Kloostri_vallavalitsus, lk 16
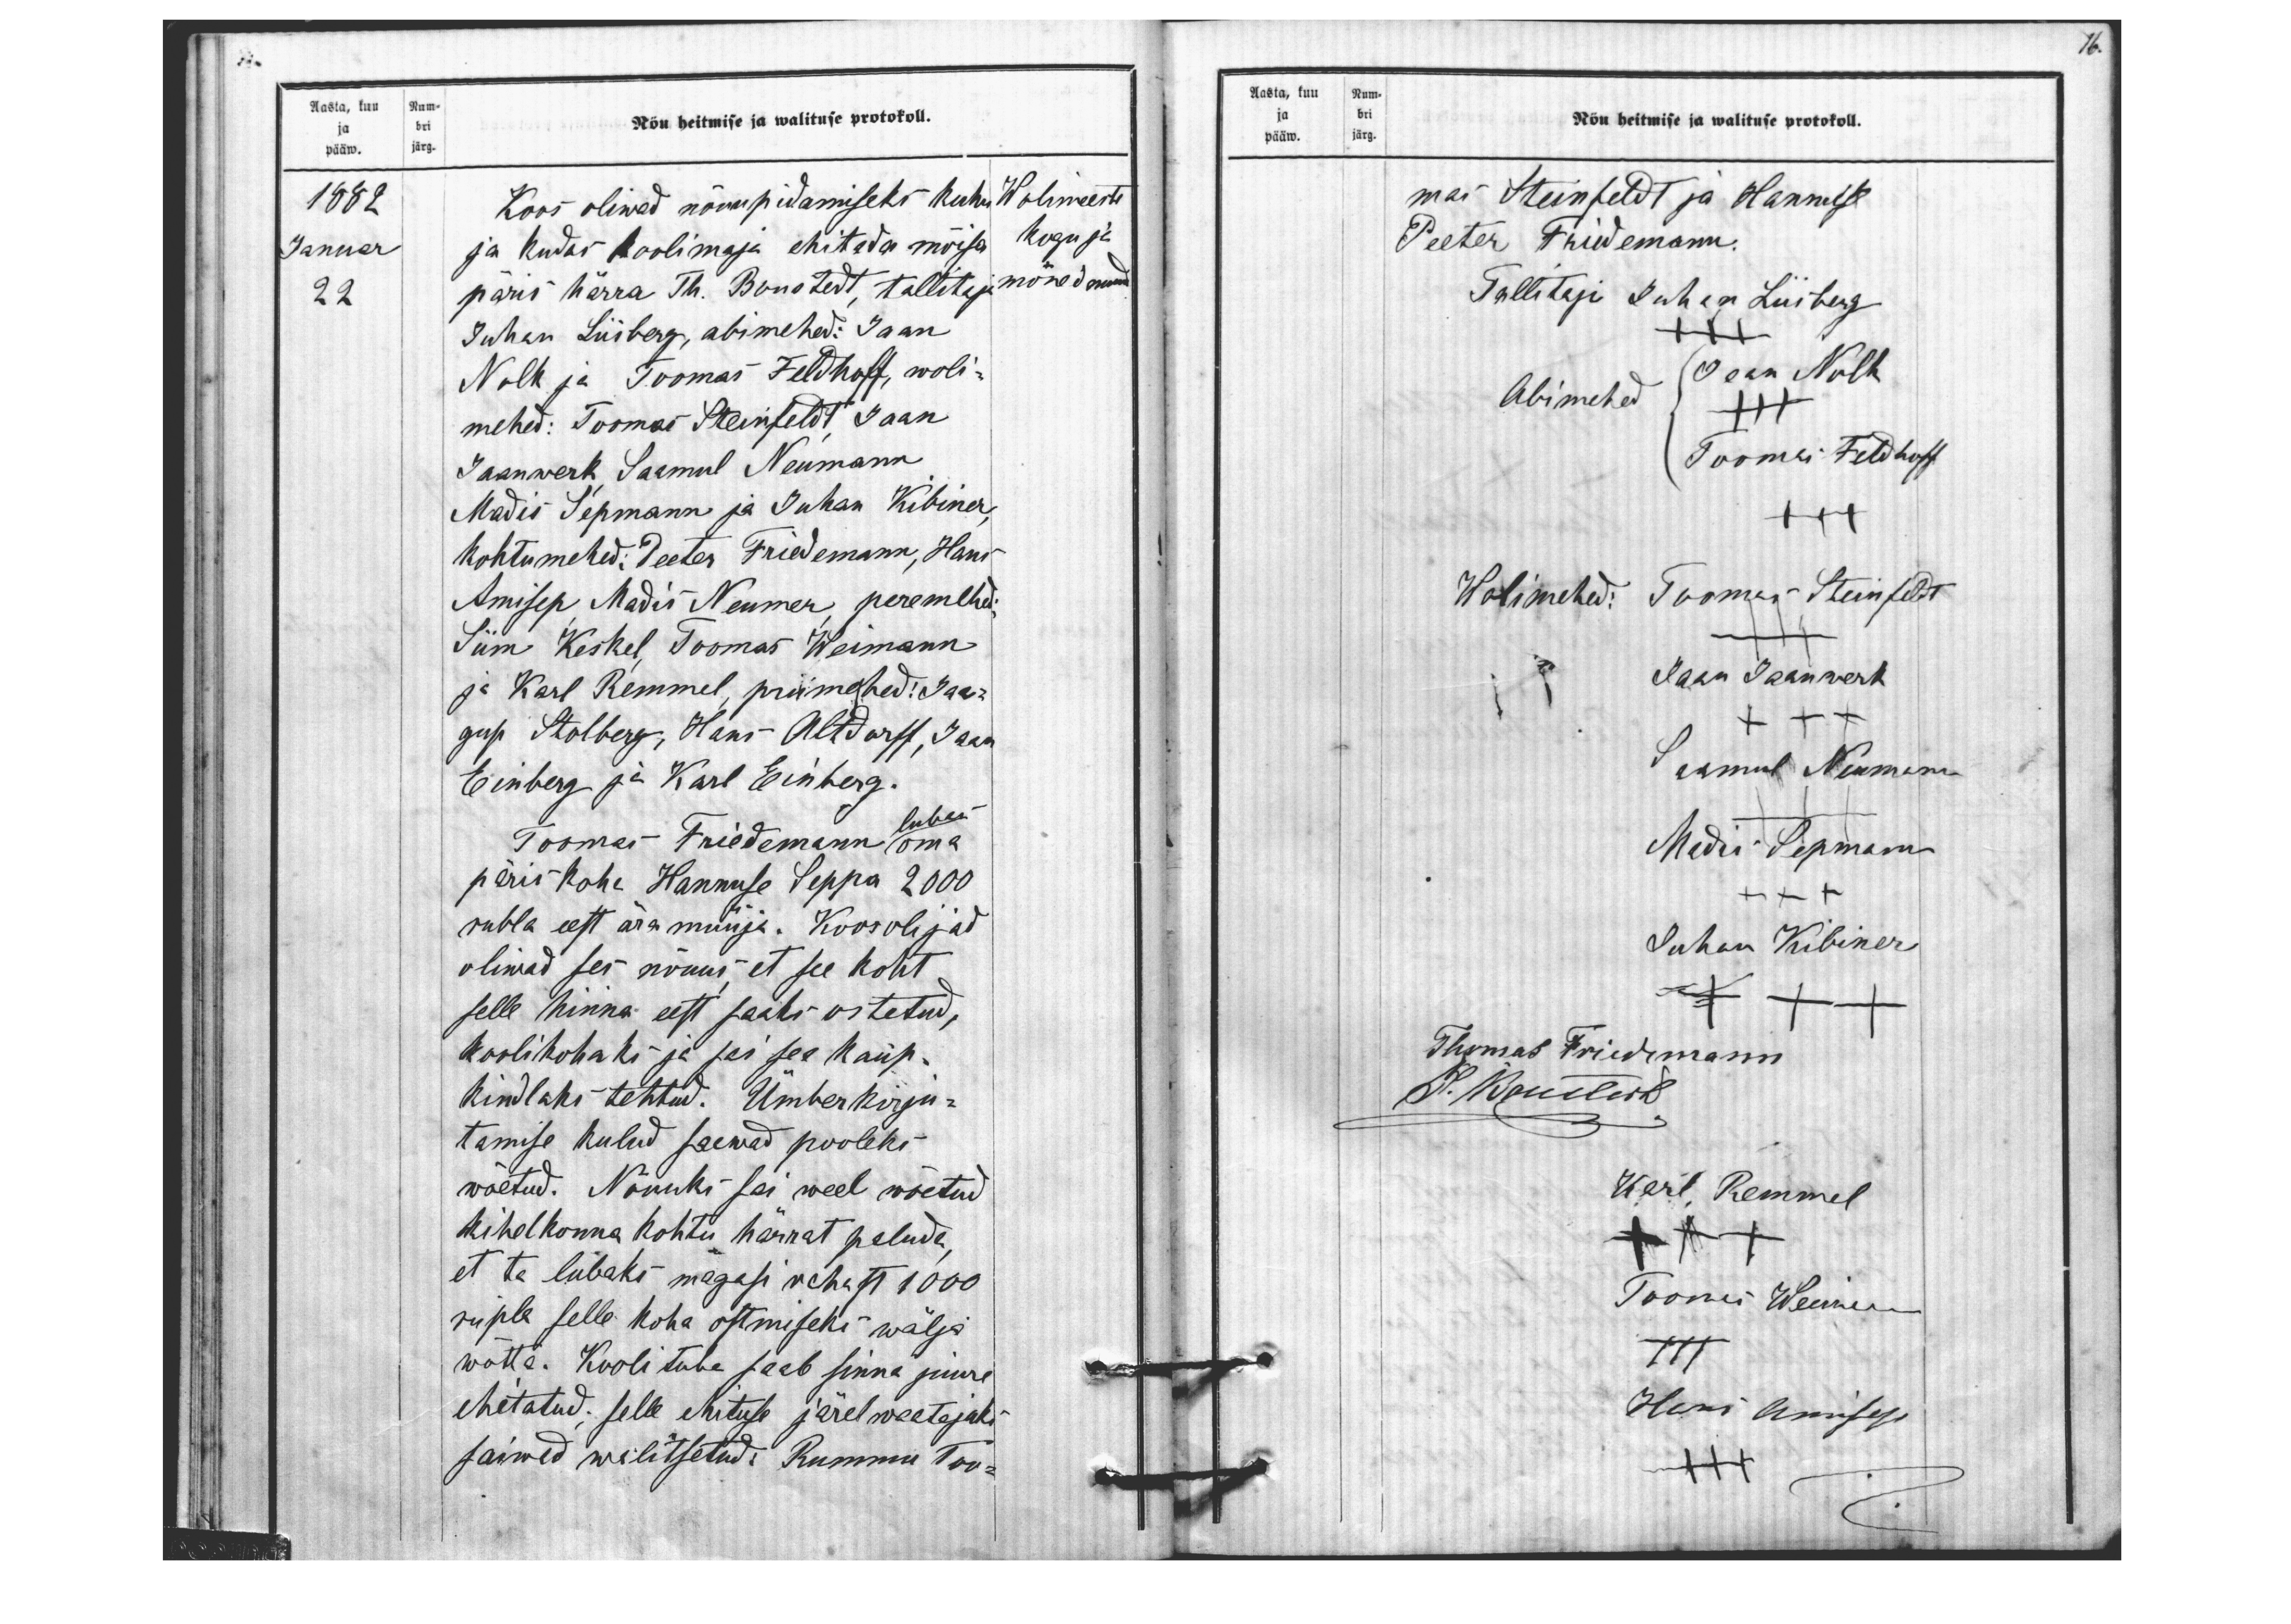
16.

ja bri
pääw. järg
Aasta, kuu Num-
Nõu heitmise ja walituse protokoll.
1882
Koos oliwad nõuupidamiseks kuhu
Wolimeeste
Januar
ja kudas Koolimaja ehitada mõisa
kogu ja
22
päris härra Th. Boustedt, tallitaja
mõned muud
Juhan Liisberg, abimehed: Jaan
Nolk ja Toomas Feldhoff, woli-
mehed: Toomas Steinfeldt Jaan
Jaanwerk Saamul Neumann
Madis Sepmann ja Juhan Kibiner
kohtumehed: Peeter Friedemann, Hans
Amisep Madis Neumer, peremehed:
Siim Keskel Toomas Weimann
ja Karl Remmel, priimehed: Jaa
gup Stolberg, Hans Aldorff, Jaan
Einberg ja Karl Einberg.
Toomas Friedemann oma
lubas
päris koha Hannuse Seppa 2000
rubla eest ära müüja. Koosolijad
oliwad ses nõuus et see koht
selle hinna eest saaks ostetud,
koolikohaks ja sai see kaup-
kindlaks tehtud. Ümberkirju-
tamise kulud saawad pooleks
wõetud. Nõuuks sai weel wõetud
kihelkonna kohtu härrat paluda
et ta lubaks magasi rahast 1000
rupla selle koha ostmiseks wälja
wõtta. Kooli tuba saab sinna juure
ehitatud; selle ehituse järel waatajaks
saiwad walitsetud: Rummu Too-

pääw. järg.
Aasta, kuu Num-
ja bri
Nõu heitmise ja walituse protokoll.
mas Steinfeldt ja Hannuse
Peeter Fridemann.
Tallitaja Juhan Liisberg
+++
Jaan Nolk
Abimehed
+++
Toomas Feldhoff
+++
Wolimehed: Toomas Steinfeldt
Jaan Jaanwert
Saamul Neumann
Madis Lepmann
+++
Juhan Kibiner
+++
Thomas Friedemann
Karl Remmel
+++
Toomas Weimann
+++
Hans Amisep
+++